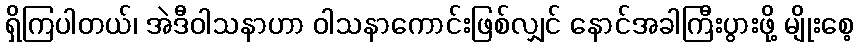
ရှိကြပါတယ်၊ အဲဒီဝါသနာဟာ ဝါသနာကောင်းဖြစ်လျှင် နောင်အခါကြီးပွားဖို့ မျိုးစေ့